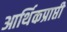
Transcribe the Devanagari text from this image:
आर्थिकप्राप्ती